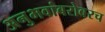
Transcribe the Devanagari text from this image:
अनुभवांबरोबरच